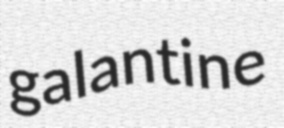
galantine